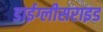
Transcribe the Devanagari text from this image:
डाईग्लीसराइड